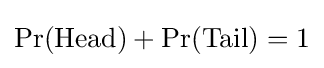
\Pr({\text{Head}})+\Pr({\text{Tail}})=1